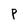
Character: P